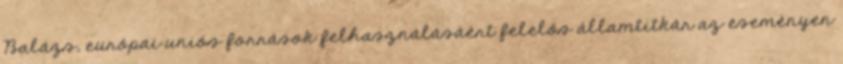
Balázs, európai uniós források felhasználásáért felelős államtitkár az eseményen